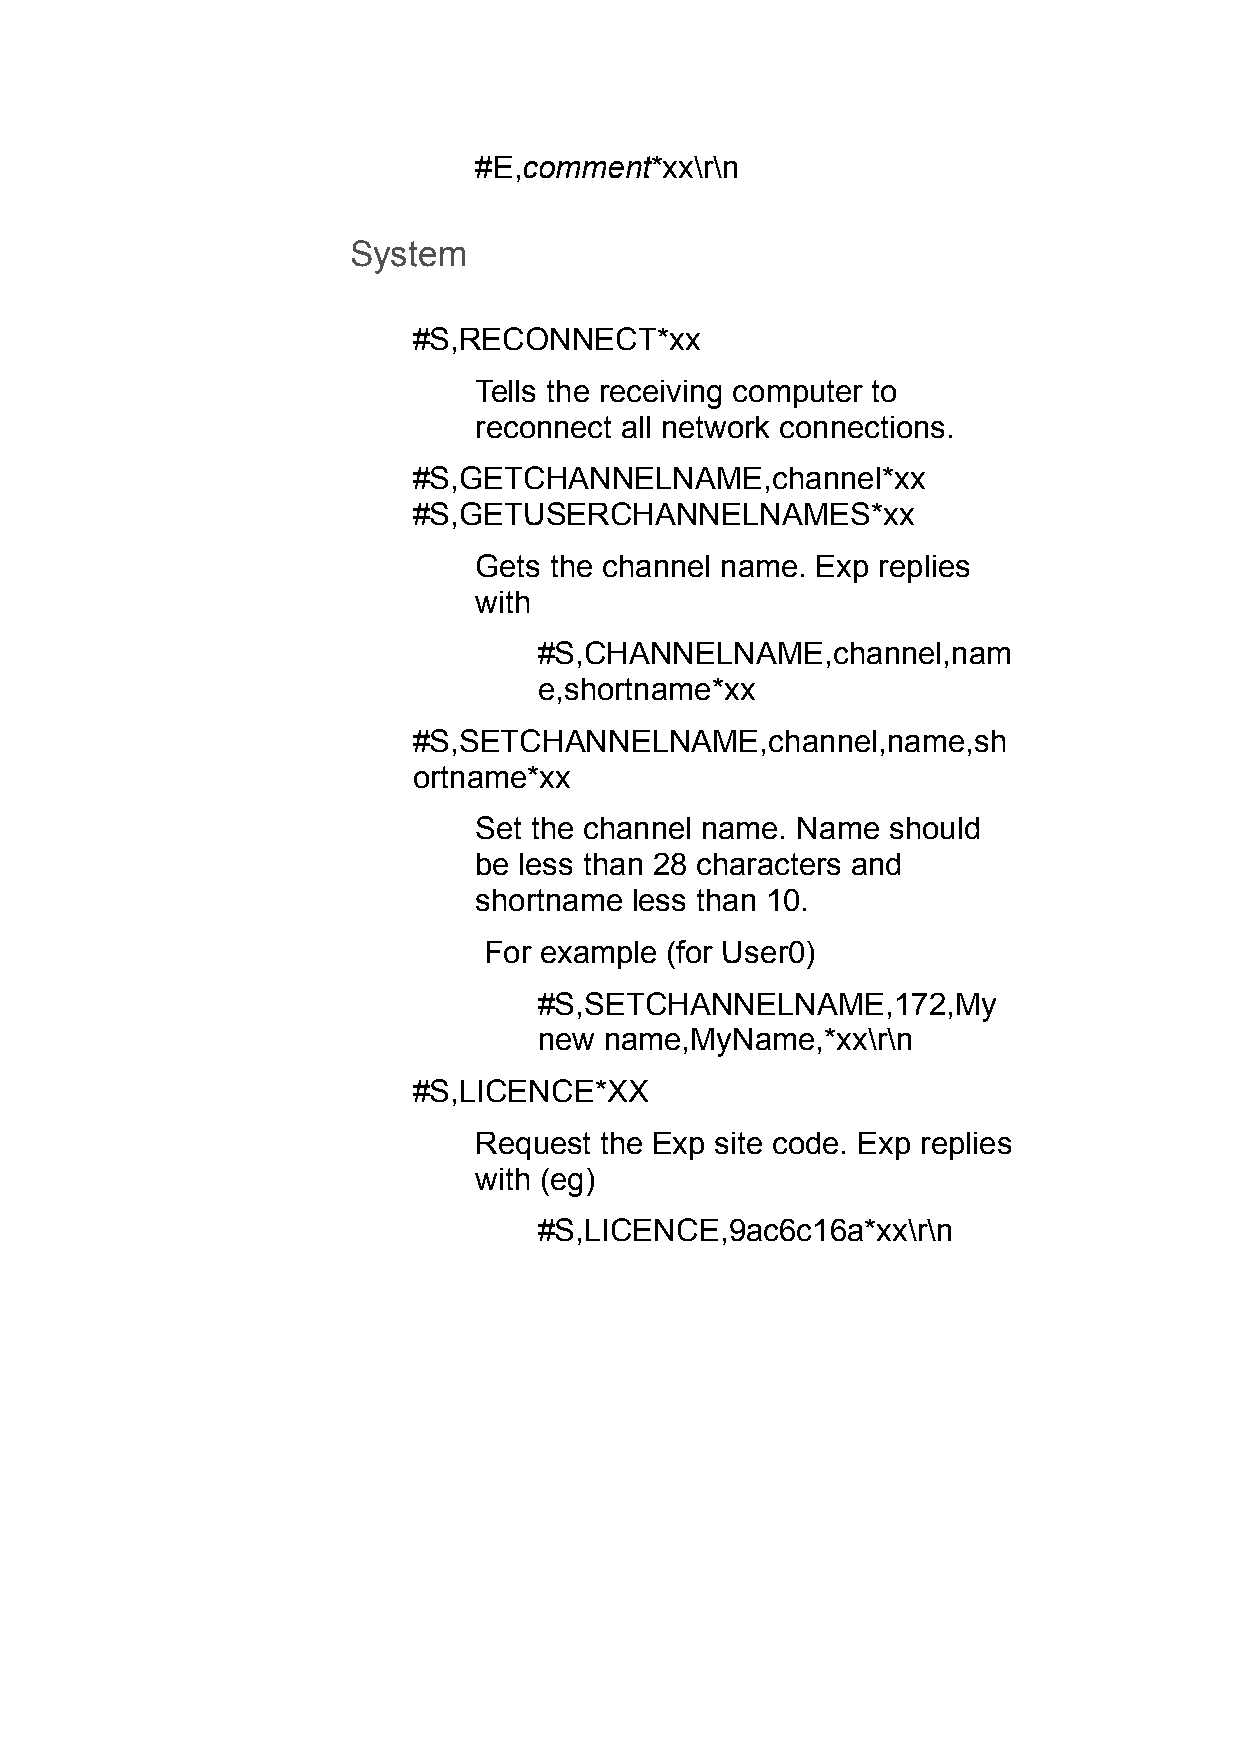
#E,comment*xx\r\n
 System
 #S,RECONNECT*xx
 Tells the receiving computer to
 reconnect all network connections.
 #S,GETCHANNELNAME,channel*xx
 #S,GETUSERCHANNELNAMES*xx
 Gets the channel name. Exp replies
 with
 #S,CHANNELNAME,channel,nam
 e,shortname*xx
 #S,SETCHANNELNAME,channel,name,sh
 ortname*xx
 Set the channel name. Name  should
 be less than 28 characters and
 shortname  less than 10.
 For example (for User0)
 #S,SETCHANNELNAME,172,My
 new name,MyName,*xx\r\n
 #S,LICENCE*XX
 Request  the Exp site code. Exp replies
 with (eg)
 #S,LICENCE,9ac6c16a*xx\r\n